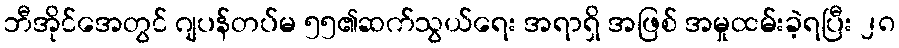
ဘီအိုင်အေတွင် ဂျပန်တပ်မ ၅၅၏ဆက်သွယ်ရေး အရာရှိ အဖြစ် အမှုထမ်းခဲ့ရပြီး ၂၈